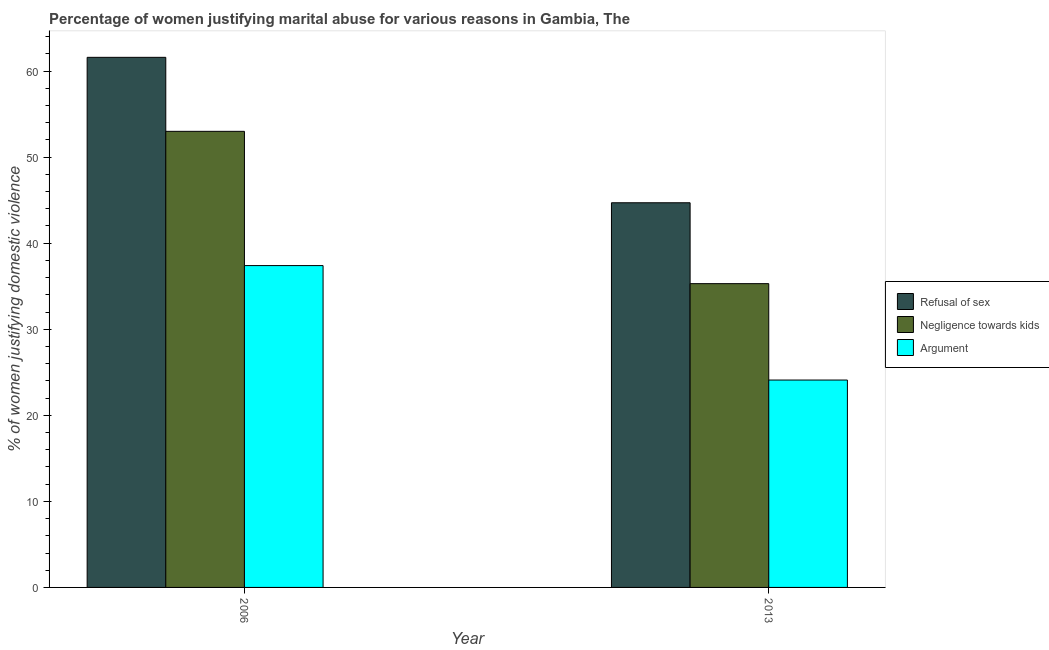
| Year | Refusal of sex | Negligence towards kids | Argument |
 | --- | --- | --- | --- |
 | 2006 | 61.6 | 53 | 37.4 |
 | 2013 | 44.7 | 35.3 | 24.1 |